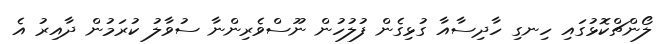
ލޯންޗްކޮޅުގައި ހިނގި ހާދިސާއާ ގުޅިގެން ފުލުހުން ނޫސްވެރިންނާ ސުވާލު ކުރަމުން ދާއިރު އެ